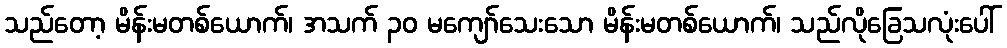
သည်တော့ မိန်းမတစ်ယောက်၊ အသက် ၃၀ မကျော်သေးသော မိန်းမတစ်ယောက်၊ သည်လိုခြေသလုံးပေါ်